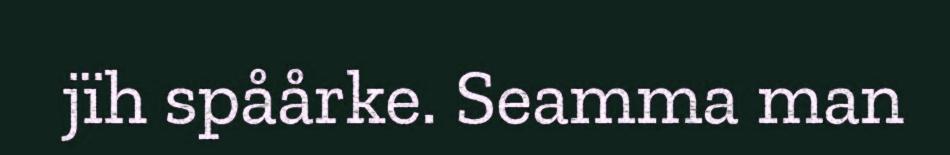
jïh spåårke. Seamma man